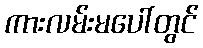
ကားလမ်းမပေါ်တွင်